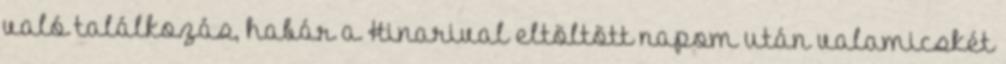
való találkozás, habár a Hinarival eltöltött napom után valamicskét